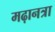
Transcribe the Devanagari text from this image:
मढ़ानत्रा